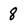
Character: 8